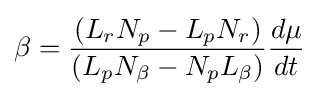
\beta ={\frac {(L_{r}N_{p}-L_{p}N_{r})}{(L_{p}N_{\beta }-N_{p}L_{\beta })}}{\frac {d\mu }{dt}}